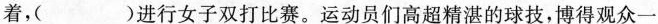
着，（ ）进行女子双打比赛。运动员们高超精湛的球技，博得观众一